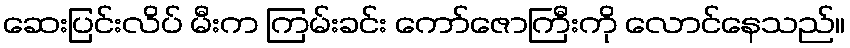
ဆေးပြင်းလိပ် မီးက ကြမ်းခင်း ကော်ဇောကြီးကို လောင်နေသည်။